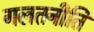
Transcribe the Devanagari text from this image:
गलतनीति